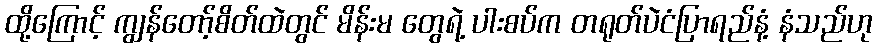
ထို့ကြောင့် ကျွန်တော့်စိတ်ထဲတွင် မိန်းမ တွေရဲ့ ပါးစပ်က တရုတ်ပဲငံပြာရည်နံ့ နံသည်ဟု